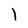
Character: l